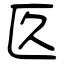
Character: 匛